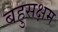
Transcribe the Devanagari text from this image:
बहुसक्षम